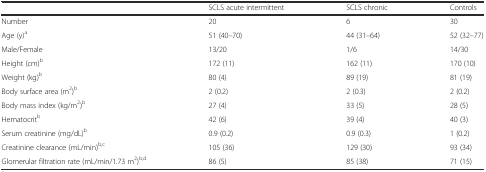
|  | SCLS acute intermittent | SCLS chronic | Controls |
 | --- | --- | --- | --- |
 | Number | 20 | 6 | 30 |
 | Age (y)a | 51 (40–70) | 44 (31–64) | 52 (32–77) |
 | Male/Female | 13/20 | 1/6 | 14/30 |
 | Height (cm)b | 172 (11) | 162 (11) | 170 (10) |
 | Weight (kg)b | 80 (4) | 89 (19) | 81 (19) |
 | Body surface area (m2)b | 2 (0.2) | 2 (0.3) | 2 (0.2) |
 | Body mass index (kg/m2)b | 27 (4) | 33 (5) | 28 (5) |
 | Hematocritb | 42 (6) | 39 (4) | 40 (3) |
 | Serum creatinine (mg/dL)b | 0.9 (0.2) | 0.9 (0.3) | 1 (0.2) |
 | Creatinine clearance (mL/min)b,c | 105 (36) | 129 (30) | 93 (34) |
 | Glomerular filtration rate (mL/min/1.73 m2)b,d | 86 (5) | 85 (38) | 71 (15) |